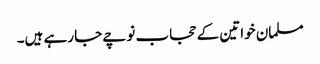
مسلمان خواتین کے حجاب نوچے جا رہے ہیں۔